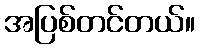
အပြစ်တင်တယ်။